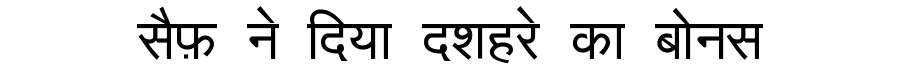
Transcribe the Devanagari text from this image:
सैफ़ ने दिया दशहरे का बोनस